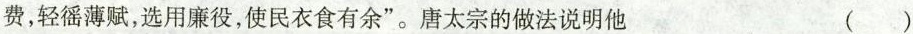
费，轻徭薄赋，选用廉役，使民衣食有余”。唐太宗的做法说明他 ()